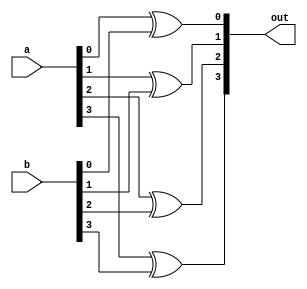
`timescale 1ns / 1ps
//////////////////////////////////////////////////////////////////////////////////
// Company: 
// Engineer: 
// 
// Design Name: 
// Module Name: exor4
// Project Name: 
// Target Devices: 
// Tool Versions: 
// Description: 
// 
// Dependencies: 
// 
// Revision:
// Revision 0.01 - File Created
// Additional Comments:
// 
//////////////////////////////////////////////////////////////////////////////////


module exor4(
    input [3:0] a,
    input [3:0] b,
    output [3:0] out
    );
    xor xor0 (out[0],a[0],b[0]);
    xor xor1 (out[1],a[1],b[1]);
    xor xor2 (out[2],a[2],b[2]);
    xor xor3 (out[3],a[3],b[3]);
    
endmodule